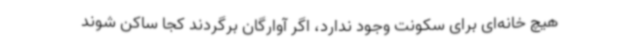
هیچ خانه‌ای برای سکونت وجود ندارد، اگر آوارگان برگردند کجا ساکن شوند